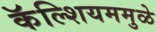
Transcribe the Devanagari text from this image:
कॅल्शियममुळे